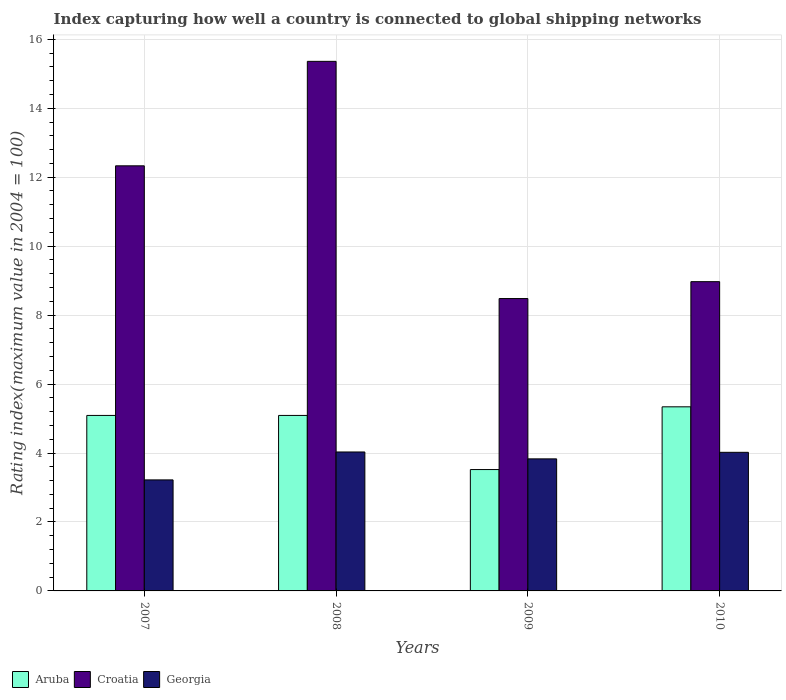
| Years | Aruba | Croatia | Georgia |
 | --- | --- | --- | --- |
 | 2007 | 5.09 | 12.3 | 3.22 |
 | 2008 | 5.09 | 15.4 | 4.03 |
 | 2009 | 3.52 | 8.48 | 3.83 |
 | 2010 | 5.34 | 8.97 | 4.02 |